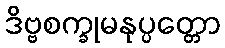
ဒိဗ္ဗစက္ခုမနုပ္ပတ္တော